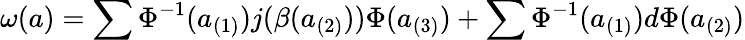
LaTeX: \omega(a)=\sum\Phi^{-1}(a_{(1)})j(\beta(a_{(2)}))\Phi(a_{(3)})+\sum\Phi^{-1}(a_{(1)})d\Phi(a_{(2)})